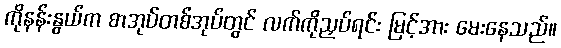
ကိုနန်းနွယ်က စာအုပ်တစ်အုပ်တွင် လက်ကိုညှပ်ရင်း မြင့်အား မေးနေသည်။